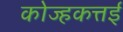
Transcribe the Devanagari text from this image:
कोज्हकत्तई